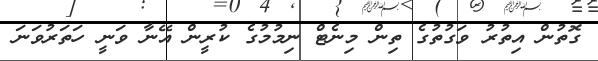
ގޮތުން އިތުރު ވަގުތުގެ ތިން މިނެޓް ނިމުމުގެ ކުރީން އޭނާ ވަނީ ހަތަރުވަނަ